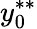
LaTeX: y_{0}^{**}